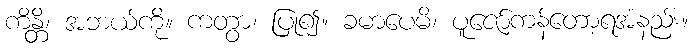
ကိန္တိ၊ အဘယ်ကို။ ကတွာ၊ ပြု၍။ ခမာပေမိ၊ ပူဇော်ကန်တော့ရအံနည်း။